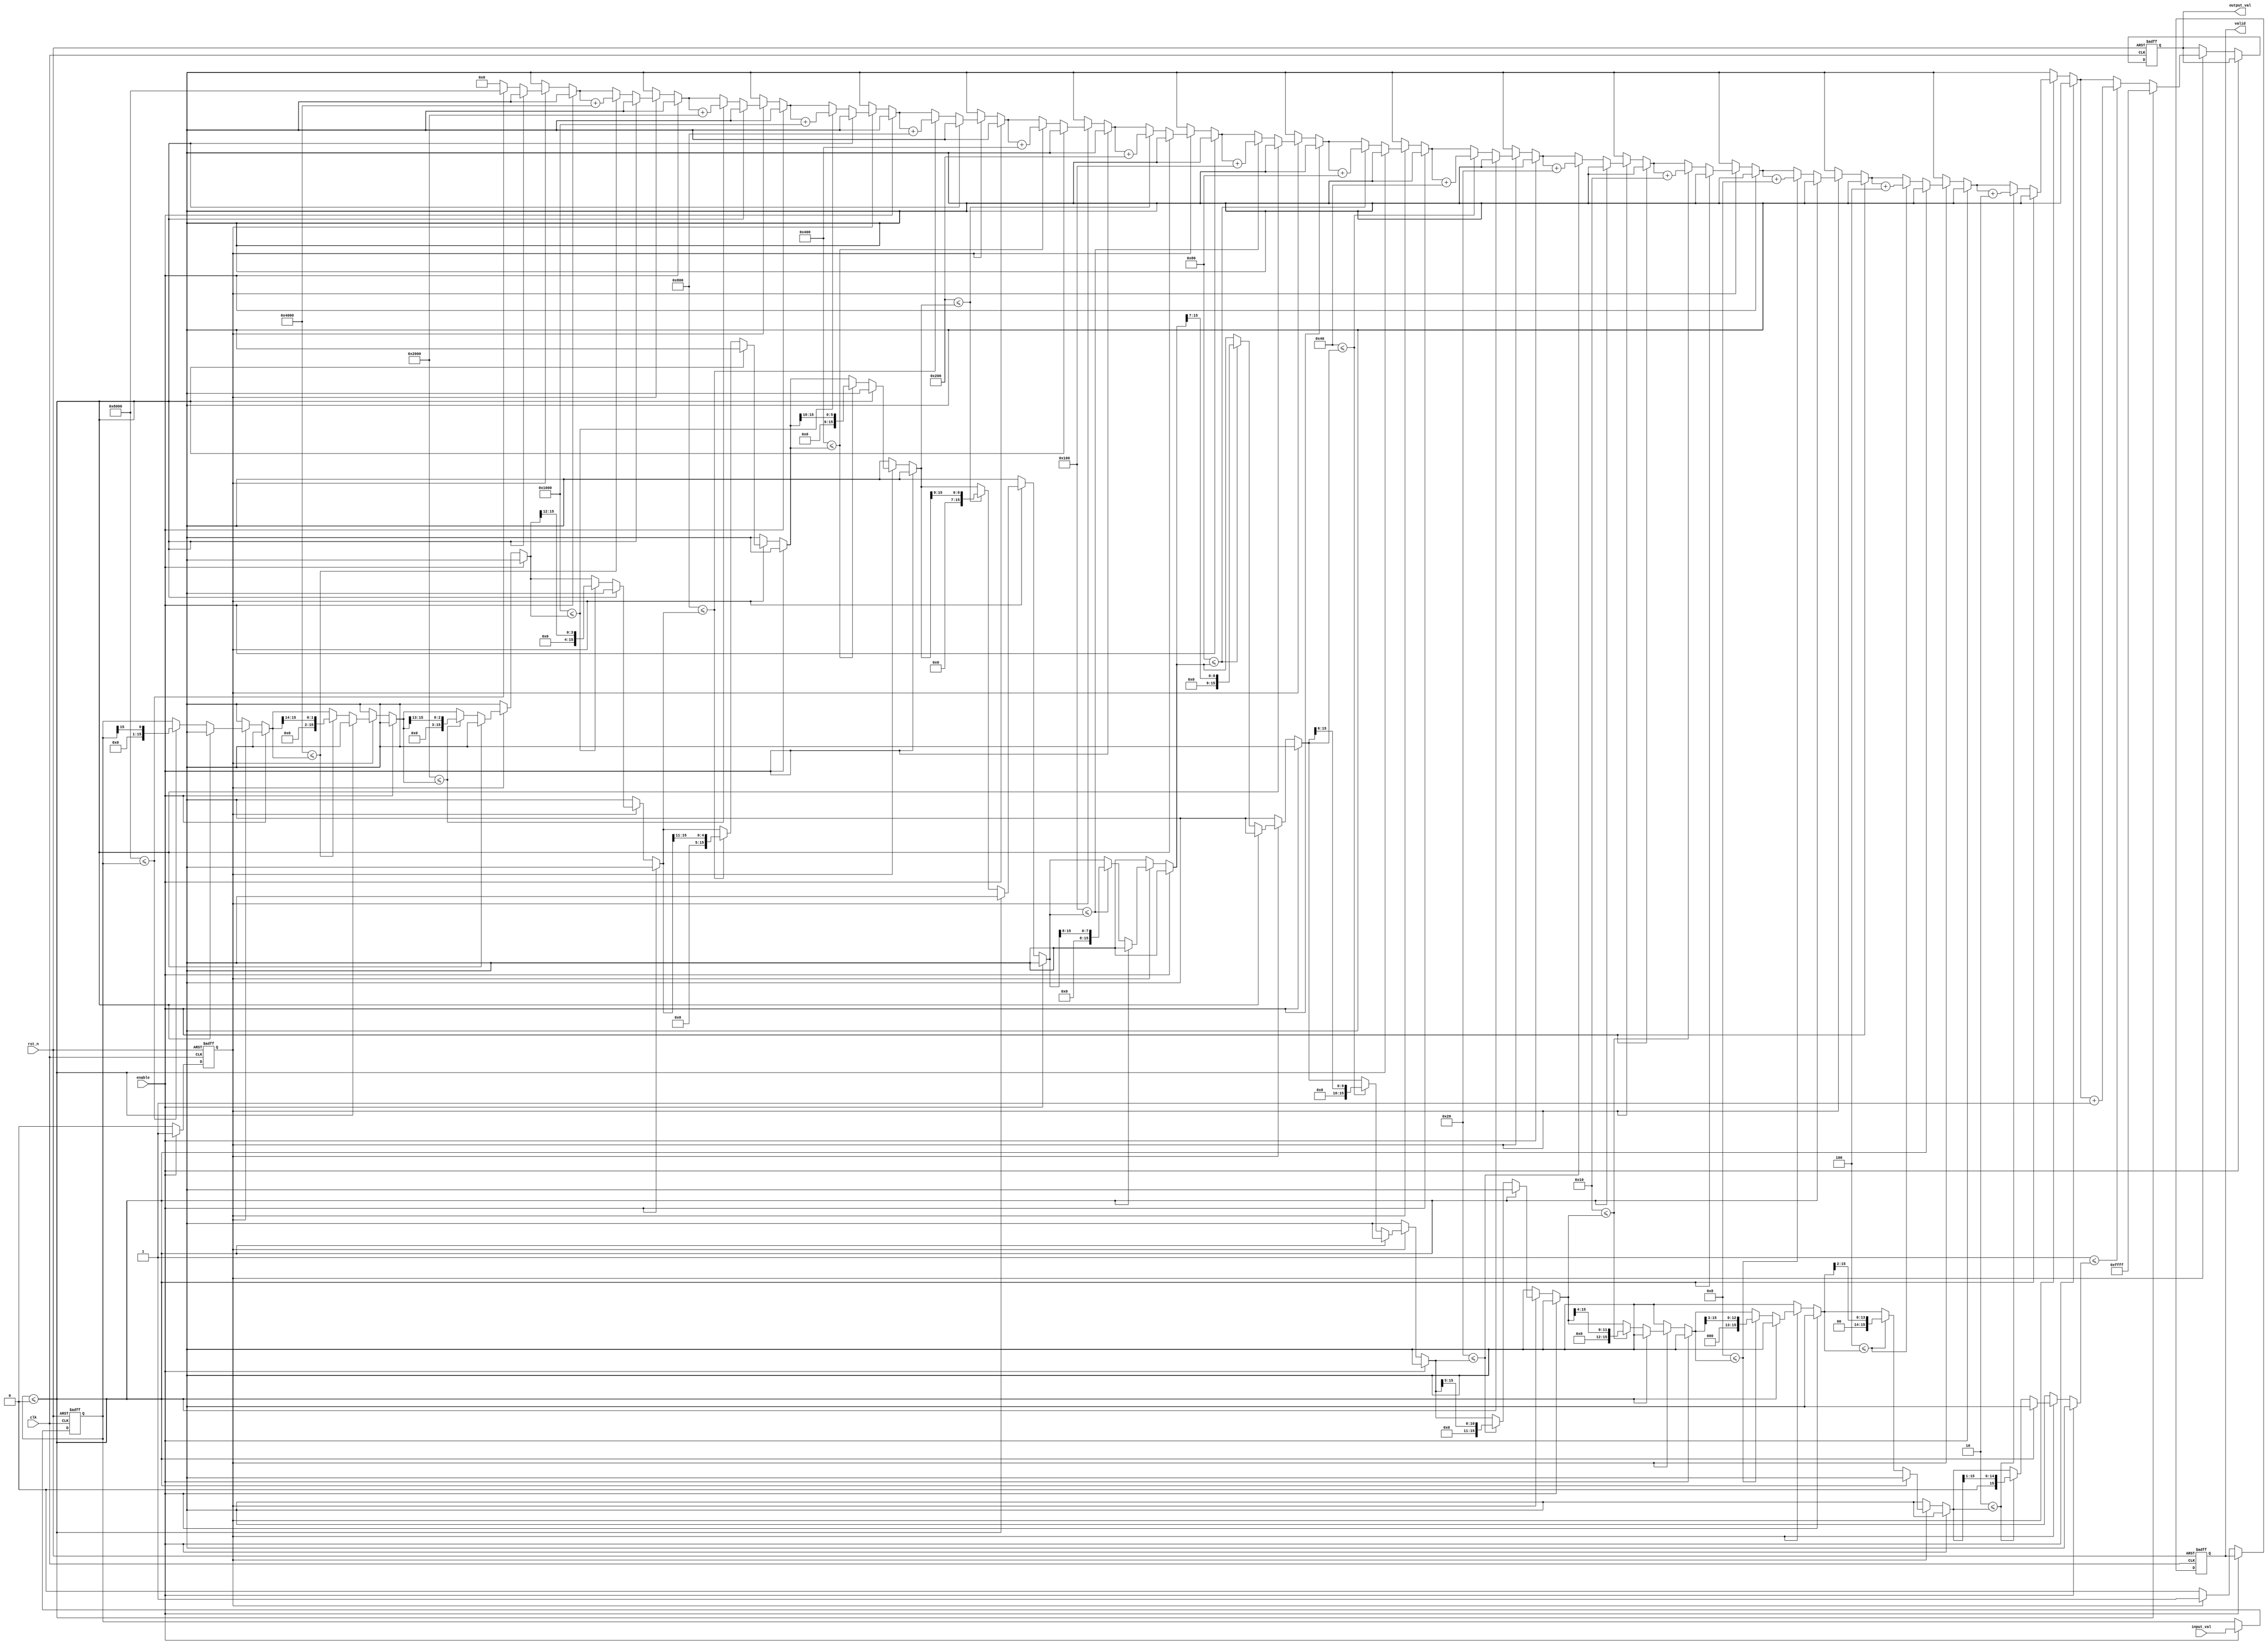
module LogarithmicUnit (
    input wire clk,
    input wire rst_n,            // Active low reset
    input wire enable,
    input wire [15:0] input_val, // 16-bit fixed-point input value
    output reg valid,            // Indicates when output is valid
    output reg [15:0] output_val // 16-bit fixed-point output value
);

// Internal states for computation
reg [15:0] data_buf;             // Input buffer
reg computing;                   // Status of computation

// Simple log approximation (base 2)
function [15:0] log2_approx;
    input [15:0] x;
    integer i;
    begin
        if (x <= 0) begin
            log2_approx = 16'hFFFF; // Indicate error for log(0) or negative
        end else begin
            log2_approx = 0; // Initialize
            for (i = 15; i >= 0; i = i - 1) begin
                if ((1 << i) <= x) begin
                    log2_approx = log2_approx + (1 << i);
                    x = x >> i;
                end
            end
        end
    end
endfunction

// Sequential logic for handling input and output
always @(posedge clk or negedge rst_n) begin
    if (!rst_n) begin
        data_buf <= 0;
        valid <= 0;
        output_val <= 0;
        computing <= 0;
    end else if (enable) begin
        data_buf <= input_val;
        computing <= 1; // Start computing
    end else if (computing) begin
        output_val <= log2_approx(data_buf); // Compute logarithm
        valid <= 1; // Set output valid flag
        computing <= 0; // Finish computing
    end else if (valid) begin
        valid <= 0; // Reset valid flag after output is read
    end
end

endmodule